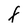
Character: F